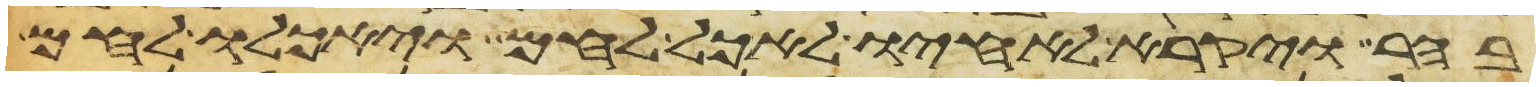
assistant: בהר ויקרא לאחיו לאכל לחם ויאכלו לחם